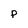
Character: P